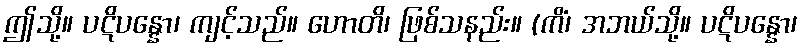
ဤသို့။ ပဋိပန္နော၊ ကျင့်သည်။ ဟောတိ၊ ဖြစ်သနည်း။ (ကိံ၊ အဘယ်သို့။ ပဋိပန္နော၊